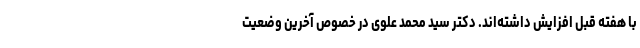
با هفته قبل افزایش داشته‌اند. دکتر سید محمد علوی در خصوص آخرین وضعیت